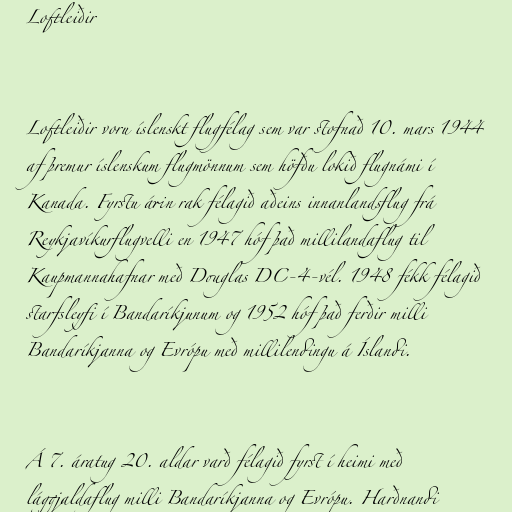
Loftleiðir

Loftleiðir voru íslenskt flugfélag sem var stofnað 10. mars 1944
af þremur íslenskum flugmönnum sem höfðu lokið flugnámi í
Kanada. Fyrstu árin rak félagið aðeins innanlandsflug frá
Reykjavíkurflugvelli en 1947 hóf það millilandaflug til
Kaupmannahafnar með Douglas DC-4-vél. 1948 fékk félagið
starfsleyfi í Bandaríkjunum og 1952 hóf það ferðir milli
Bandaríkjanna og Evrópu með millilendingu á Íslandi.

Á 7. áratug 20. aldar varð félagið fyrst í heimi með
lággjaldaflug milli Bandaríkjanna og Evrópu. Harðnandi